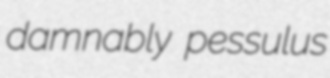
damnably pessulus